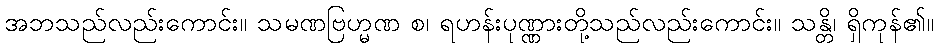
အဘသည်လည်းကောင်း။ သမဏဗြဟ္မဏ စ၊ ရဟန်းပုဏ္ဏားတို့သည်လည်းကောင်း။ သန္တိ၊ ရှိကုန်၏။